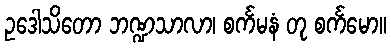
ဥဒေါသိတော ဘဏ္ဍသာလာ၊ စင်္ကမနံ တု စင်္ကမော။